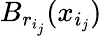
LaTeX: B_{r_{i_{j}}}(x_{i_{j}})